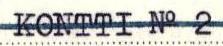
KONTTI No 2